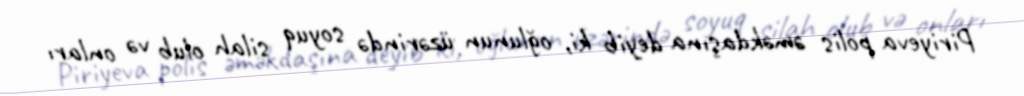
Piriyeva polis əməkdaşına deyib ki, oğlunun üzərində soyuq silah olub və onları